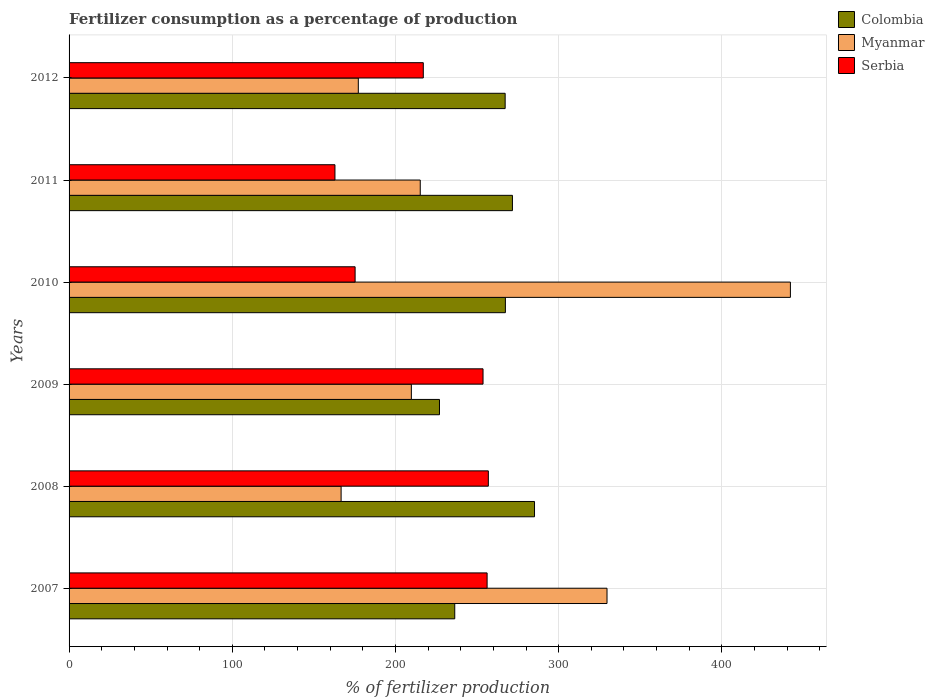
| Years | Colombia | Myanmar | Serbia |
 | --- | --- | --- | --- |
 | 2007 | 236 | 330 | 256 |
 | 2008 | 285 | 167 | 257 |
 | 2009 | 227 | 210 | 254 |
 | 2010 | 267 | 442 | 175 |
 | 2011 | 272 | 215 | 163 |
 | 2012 | 267 | 177 | 217 |